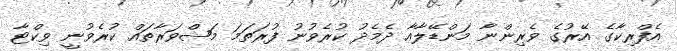
އެފްރިކާގެ އޭރުގެ ވެރިންނާ މަންޑޭލާއާ ދެމެދު ކުރެވުނު ފުރަތަމަ މަޝްވަރާތައް ކުރެވުނީ ވިކްޓާ